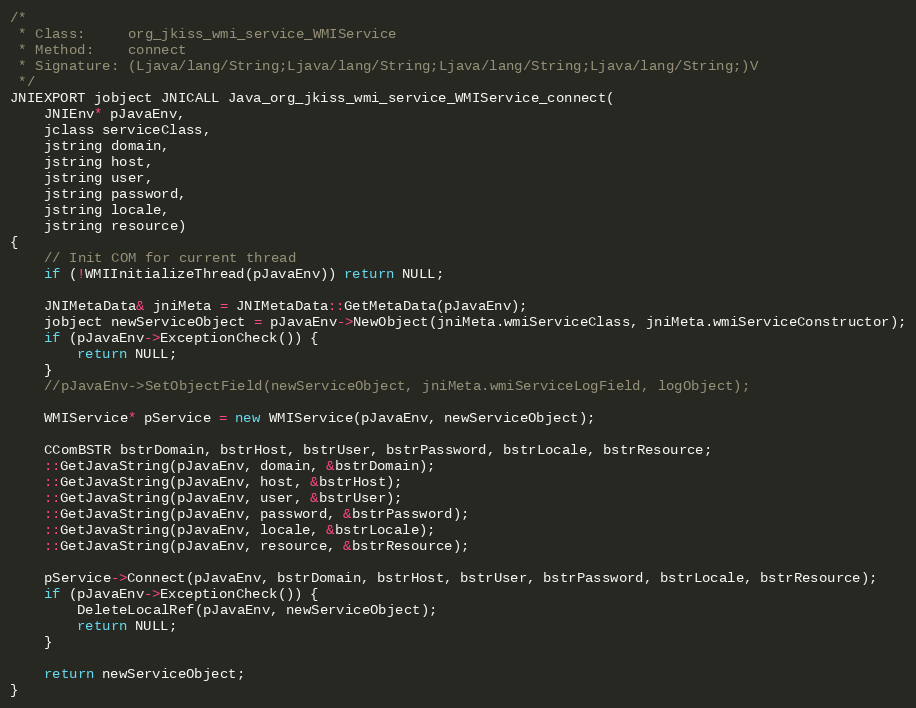
Language: C++
/*
 * Class:     org_jkiss_wmi_service_WMIService
 * Method:    connect
 * Signature: (Ljava/lang/String;Ljava/lang/String;Ljava/lang/String;Ljava/lang/String;)V
 */
JNIEXPORT jobject JNICALL Java_org_jkiss_wmi_service_WMIService_connect(
	JNIEnv* pJavaEnv,
	jclass serviceClass,
	jstring domain,
	jstring host,
	jstring user,
	jstring password,
	jstring locale,
	jstring resource)
{
	// Init COM for current thread
	if (!WMIInitializeThread(pJavaEnv)) return NULL;

	JNIMetaData& jniMeta = JNIMetaData::GetMetaData(pJavaEnv);
	jobject newServiceObject = pJavaEnv->NewObject(jniMeta.wmiServiceClass, jniMeta.wmiServiceConstructor);
	if (pJavaEnv->ExceptionCheck()) {
		return NULL;
	}
	//pJavaEnv->SetObjectField(newServiceObject, jniMeta.wmiServiceLogField, logObject);

	WMIService* pService = new WMIService(pJavaEnv, newServiceObject);

	CComBSTR bstrDomain, bstrHost, bstrUser, bstrPassword, bstrLocale, bstrResource;
	::GetJavaString(pJavaEnv, domain, &bstrDomain);
	::GetJavaString(pJavaEnv, host, &bstrHost);
	::GetJavaString(pJavaEnv, user, &bstrUser);
	::GetJavaString(pJavaEnv, password, &bstrPassword);
	::GetJavaString(pJavaEnv, locale, &bstrLocale);
	::GetJavaString(pJavaEnv, resource, &bstrResource);

	pService->Connect(pJavaEnv, bstrDomain, bstrHost, bstrUser, bstrPassword, bstrLocale, bstrResource);
	if (pJavaEnv->ExceptionCheck()) {
		DeleteLocalRef(pJavaEnv, newServiceObject);
		return NULL;
	}

	return newServiceObject;
}